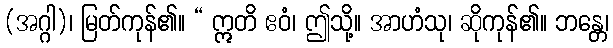
(အဂ္ဂါ)၊ မြတ်ကုန်၏။ “ ဣတိ ဧဝံ၊ ဤသို့။ အာဟံသု၊ ဆိုကုန်၏။ ဘန္တေ၊